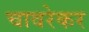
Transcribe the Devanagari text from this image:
चावरेकर